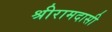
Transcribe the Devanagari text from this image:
श्रीरामदासी